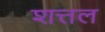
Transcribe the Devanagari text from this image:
शत्तल